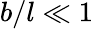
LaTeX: b/l\ll 1